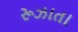
રૂઝાતા